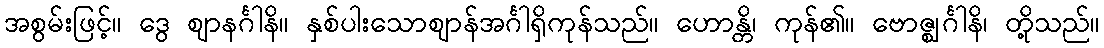
အစွမ်းဖြင့်။ ဒွေ ဈာနင်္ဂါနိ။ နှစ်ပါးသောဈာန်အင်္ဂါရှိကုန်သည်။ ဟောန္တိ၊ ကုန်၏။ ဗောဇ္ဈင်္ဂါနိ၊ တို့သည်။